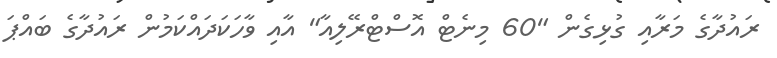
ރައުދާގެ މަރާއި ގުޅިގެން "60 މިނެޓް އޮސްޓްރޭލިއާ" އާއި ވާހަކަދައްކަމުން ރައުދާގެ ބައްޕަ